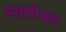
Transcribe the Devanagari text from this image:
स्वामेश्वर